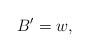
LaTeX: \begin{align*}B' = w,\end{align*}